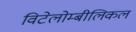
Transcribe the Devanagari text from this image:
विटेलोम्बीलिकल